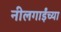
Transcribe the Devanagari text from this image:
नीलगाईंच्या